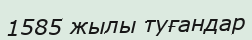
1585 жылы туғандар